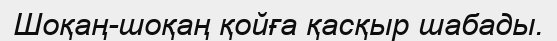
Шоқаң-шоқаң қойға қасқыр шабады.